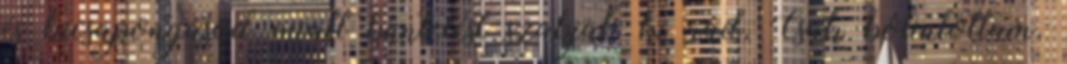
és kicsapongásod miatt büntetést szabjak ki rád. Csak bólintottam,